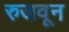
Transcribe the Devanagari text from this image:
रुजवून